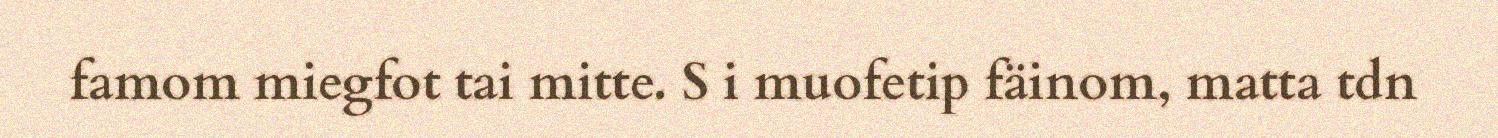
famom miegfot tai mitte. S i muofetip fäinom, matta tdn